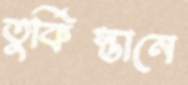
তুর্কিস্তানে